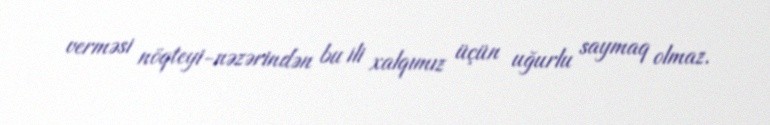
verməsi nöqteyi-nəzərindən bu ili xalqımız üçün uğurlu saymaq olmaz.